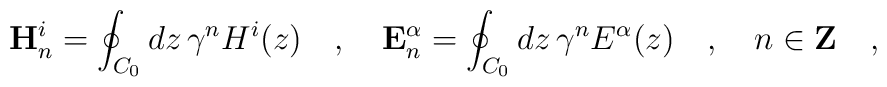
\mathbf{H}^i_n=\oint_{C_0} dz\,\gamma^n H^i(z)  \quad,\quad   \mathbf{E}^\alpha_n=\oint_{C_0} dz\,\gamma^n E^{\alpha}(z)  \quad,\quad   n\in\mathbf{Z}\quad,